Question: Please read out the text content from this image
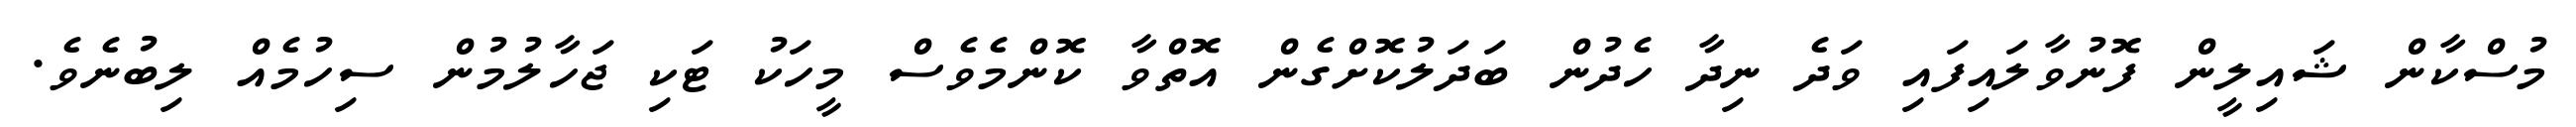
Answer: މުސްކާން ޝައިލީން ފޮނުވާލައިފައި ވަދެ ނިދާ ހެދުން ބަދަލުކޮށްގެން އޮތްވާ ކޮންމެވެސް މީހަކު ޓަކި ޖަހާލުމުން ސިހުމެއް ލިބުނެވެ.